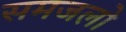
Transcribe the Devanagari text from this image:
समजलो